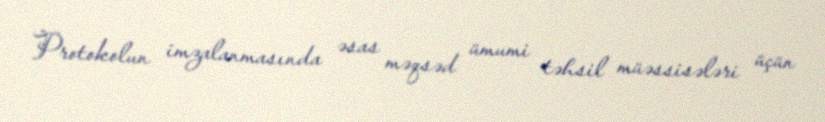
Protokolun imzalanmasında əsas məqsəd ümumi təhsil müəssisələri üçün